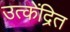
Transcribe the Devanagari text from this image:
उत्केंद्रित